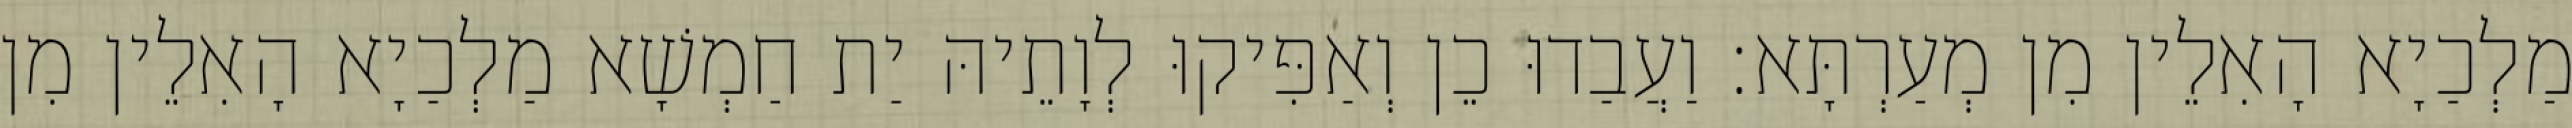
מַלְכַיָא הָאִלֵין מִן מְעַרְתָּא׃ וַעֲבַדוּ כֵן וְאַפִּיקוּ לְוָתֵיהּ יַת חַמְשָׁא מַלְכַיָא הָאִלֵין מִן